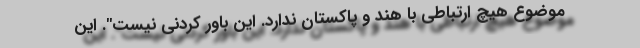
موضوع هیچ ارتباطی با هند و پاکستان ندارد. این باور کردنی نیست". این